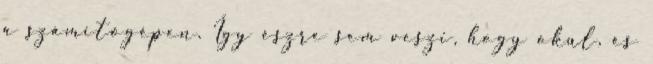
a számítógépen. Így észre sem veszi, hogy okul, és